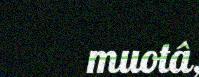
muotâ,